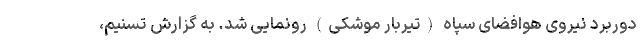
دوربرد نیروی هوافضای سپاه (تیربار موشکی) رونمایی شد. به گزارش تسنیم،